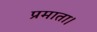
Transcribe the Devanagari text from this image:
प्रमाता।